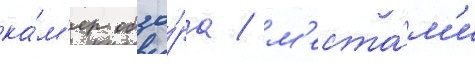
ка́м'ер обзо́ра / м'еста́м'и